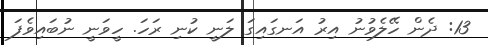
13: ދެން ހޭލެވުނު އިރު އަނގައިގަ ލަނީ ކުނި ރަހަ. ހީވަނީ ނުބައިވެފަ